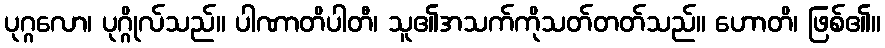
ပုဂ္ဂလော၊ ပုဂ္ဂိုလ်သည်။ ပါဏာတိပါတီ၊ သူ၏အသက်ကိုသတ်တတ်သည်။ ဟောတိ၊ ဖြစ်၏။